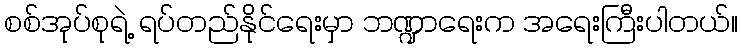
စစ်အုပ်စုရဲ့ ရပ်တည်နိုင်ရေးမှာ ဘဏ္ဍာရေးက အရေးကြီးပါတယ်။